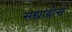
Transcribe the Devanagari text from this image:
सह्याद्रीस